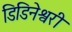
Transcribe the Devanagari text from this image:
डिडिनेश्वरी